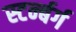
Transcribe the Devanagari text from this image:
स्टर्न्बर्ग